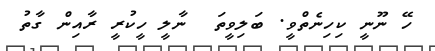
ހޭ ނޫނީ ކިހިނެތްވީ. ބަލިވީތަ  ނާލީ ހީކުރީ ރާއިން ގާތު